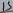
Text: 15